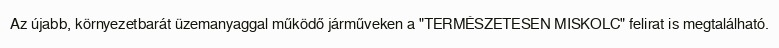
Az újabb, környezetbarát üzemanyaggal működő járműveken a "TERMÉSZETESEN MISKOLC" felirat is megtalálható.